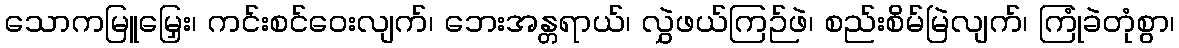
သောကမြူမြှေး၊ ကင်းစင်ဝေးလျက်၊ ဘေးအန္တရာယ်၊ လွှဲဖယ်ကြဉ်ဖဲ၊ စည်းစိမ်မြဲလျက်၊ ကြုံခဲတုံစွာ၊